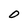
Character: O